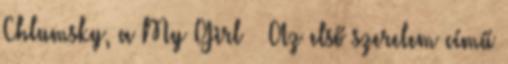
Chlumsky, a My Girl – Az első szerelem című